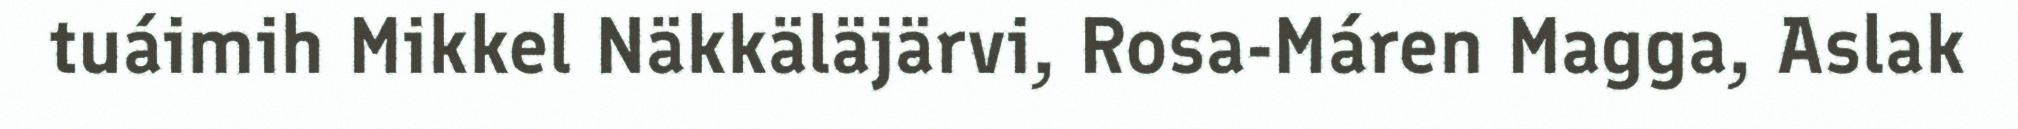
tuáimih Mikkel Näkkäläjärvi, Rosa-Máren Magga, Aslak